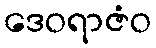
ဒေဝရာဇံဝ